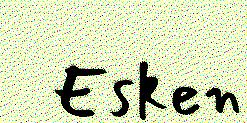
Esken